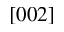
[ 0 0 2 ]